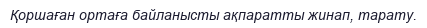
Қоршаған ортаға байланысты ақпаратты жинап, тарату.